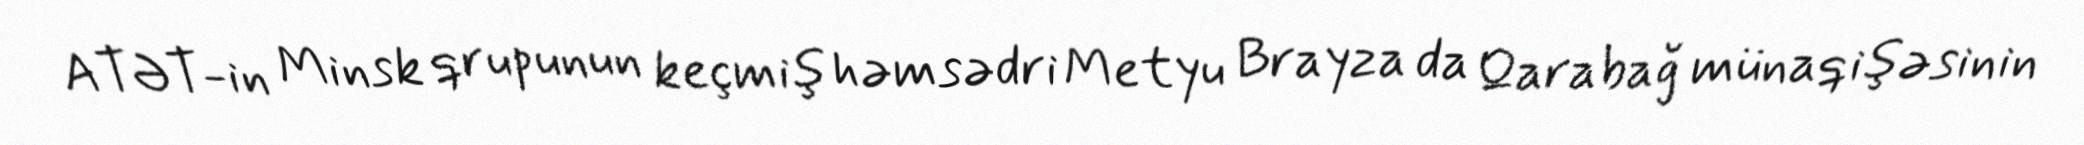
ATƏT-in Minsk qrupunun keçmiş həmsədri Metyu Brayza da Qarabağ münaqişəsinin